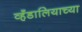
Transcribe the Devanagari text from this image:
व्हँडालियाच्या